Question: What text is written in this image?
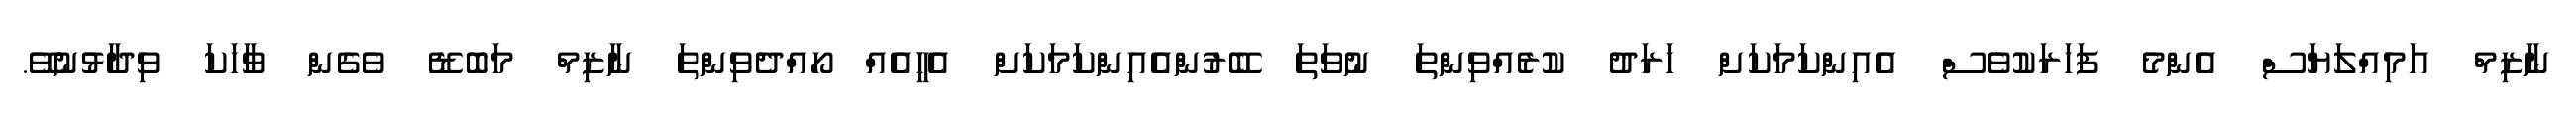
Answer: ނާޒިމް އަމިއްލަޔަސް އެންމެ ފަހަރަކުވެސް އެއިންކަމަކަށް ހަރަދު ކުރެއްވިންތަ ނުވަތަ ބޭރުންއެއިންކަމަކަށް އެހީއެއް ހޯއްދެވިންތަ ނާޒިމް މަބޮޑޭ ވެގެން ވާހަކަ ވިދާޅުނުވޭ.